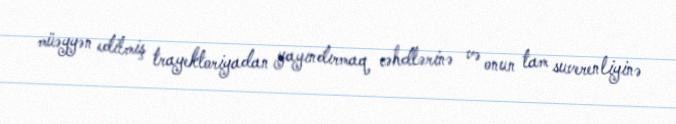
müəyyən edilmiş trayektoriyadan yayındırmaq cəhdlərinə və onun tam suverenliyinə